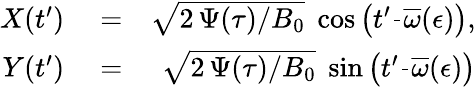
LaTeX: \begin{array}{rlr}{X(t^{\prime})}&{{}=}&{\sqrt{2\, \Psi(\tau)/B_{0}}\; \cos\left(t^{\prime}\frac{}{}\overline{{\omega}}(\epsilon)\right),}\\ {Y(t^{\prime})}&{{}=}&{\sqrt{2\, \Psi(\tau)/B_{0}}\; \sin\left(t^{\prime}\frac{}{}\overline{{\omega}}(\epsilon)\right)}\end{array}